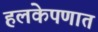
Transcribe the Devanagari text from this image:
हलकेपणात